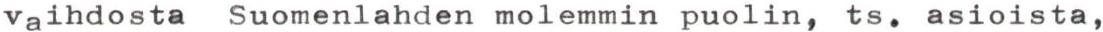
Vaihdosta Suomenlahden molemmin puolin, ts. asioista,